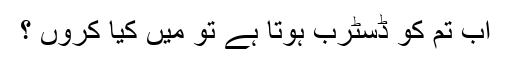
اب تم کو ڈسٹرب ہوتا ہے تو میں کیا کروں ؟